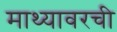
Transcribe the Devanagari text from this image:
माथ्यावरची